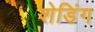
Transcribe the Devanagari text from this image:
शेडिंग